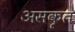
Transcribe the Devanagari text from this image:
असकृत